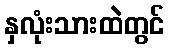
နှလုံးသားထဲတွင်